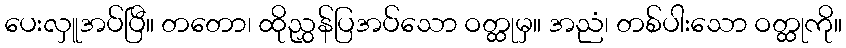
ပေးလှူအပ်ပြီ။ တတော၊ ထိုညွှန်ပြအပ်သော ဝတ္ထုမှ။ အညံ၊ တစ်ပါးသော ဝတ္ထုကို။